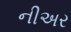
નીઅર